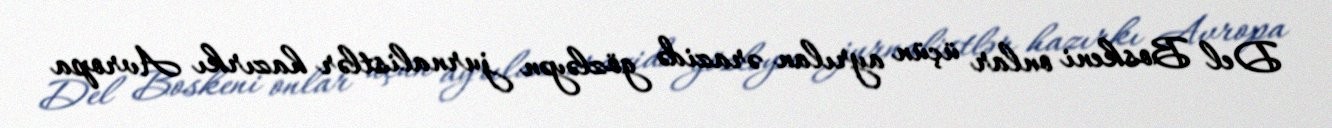
Del Boskeni onlar üçün ayrılan ərazidə gözləyən jurnalistlər hazırkı Avropa